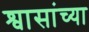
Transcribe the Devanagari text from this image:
श्वासांच्या